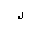
Letter: _lam